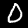
Label: 0